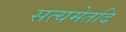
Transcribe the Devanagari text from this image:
सत्यमेतदि